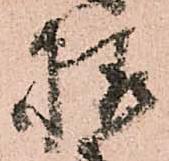
様